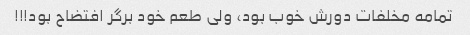
تمامه مخلفات دورش خوب بود، ولی طعم خود برگر افتضاح بود!!!